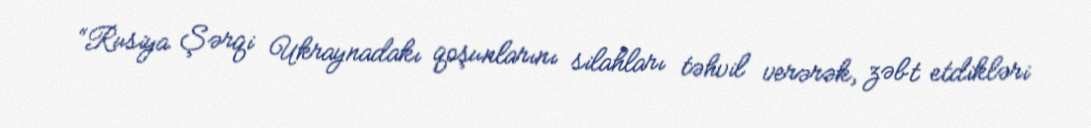
“Rusiya Şərqi Ukraynadakı qoşunlarını silahları təhvil verərək, zəbt etdikləri